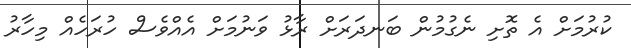
ކުރުމަށް އެ ތޮށި ނެގުމުން ބަނދަރަށް ރާޅު ވަނުމަށް އެއްވެސް ހުރަހެއް މިހާރު